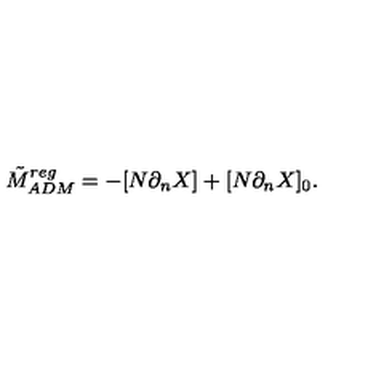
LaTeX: \tilde { M } _ { A D M } ^ { r e g } = - [ N \partial _ { n } X ] + [ N \partial _ { n } X ] _ { 0 } .